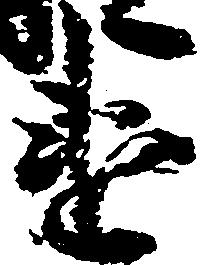
違